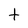
Character: t